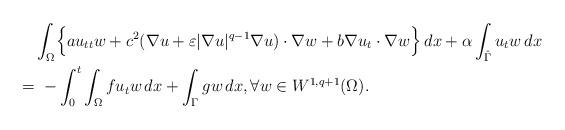
LaTeX: \begin{align*}&\int_\Omega \Bigl\{a u_{tt} w + c^2 (\nabla u +\varepsilon |\nabla u|^{q-1}\nabla u)\cdot \nabla w +b \nabla u_t \cdot \nabla w \Bigr\} \, dx +\alpha \int_{\hat{\Gamma}} u_t w \, dx \\=& \ -\int_0^t \int_\Omega fu_t w\, dx+\int_{\Gamma}g w \, dx,\forall w\in W^{1,q+1}(\Omega).\end{align*}